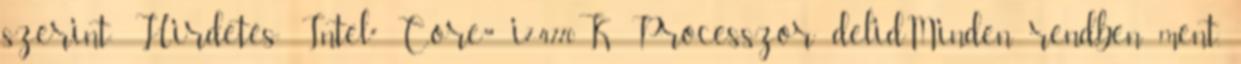
szerint: Hirdetés: Intel® Core™ i7-4770K Processzor delidMinden rendben ment,